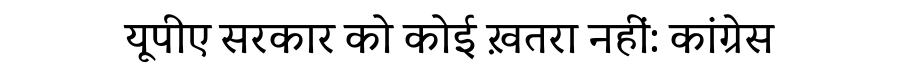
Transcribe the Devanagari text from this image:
यूपीए सरकार को कोई ख़तरा नहीं: कांग्रेस